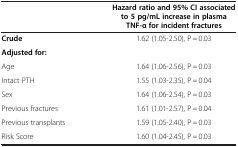
|  | Hazard ratio and 95% CI associated to 5 pg/mL increase in plasma TNF-α for incident fractures |
 | --- | --- |
 | Crude | 1.62 (1.05-2.50), P = 0.03 |
 | Adjusted for: |  |
 | Age | 1.64 (1.06-2.56), P = 0.03 |
 | Intact PTH | 1.55 (1.03-2.35), P = 0.04 |
 | Sex | 1.64 (1.06-2.54), P = 0.03 |
 | Previous fractures | 1.61 (1.01-2.57), P = 0.04 |
 | Previous transplants | 1.59 (1.05-2.40), P = 0.03 |
 | Risk Score | 1.60 (1.04-2.45), P = 0.03 |